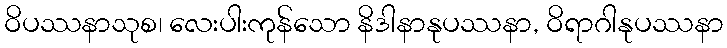
ဝိပဿနာသုစ၊ လေးပါးကုန်သော နိဒါနာနုပဿနာ, ဝိရာဂါနုပဿနာ